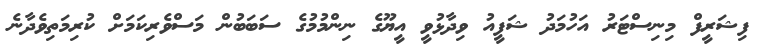
ފިޝަރީފް މިނިސްޓަރު އަހުމަދު ޝަފީއު ވިދާޅުވީ އީޔޫގެ ނިންމުމުގެ ސަބަބުން މަސްވެރިކަމަށް ކުރިމަތިވެދާނެ